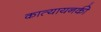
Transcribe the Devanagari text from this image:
कात्यायनकी